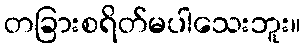
တခြားစရိတ်မပါသေးဘူး။